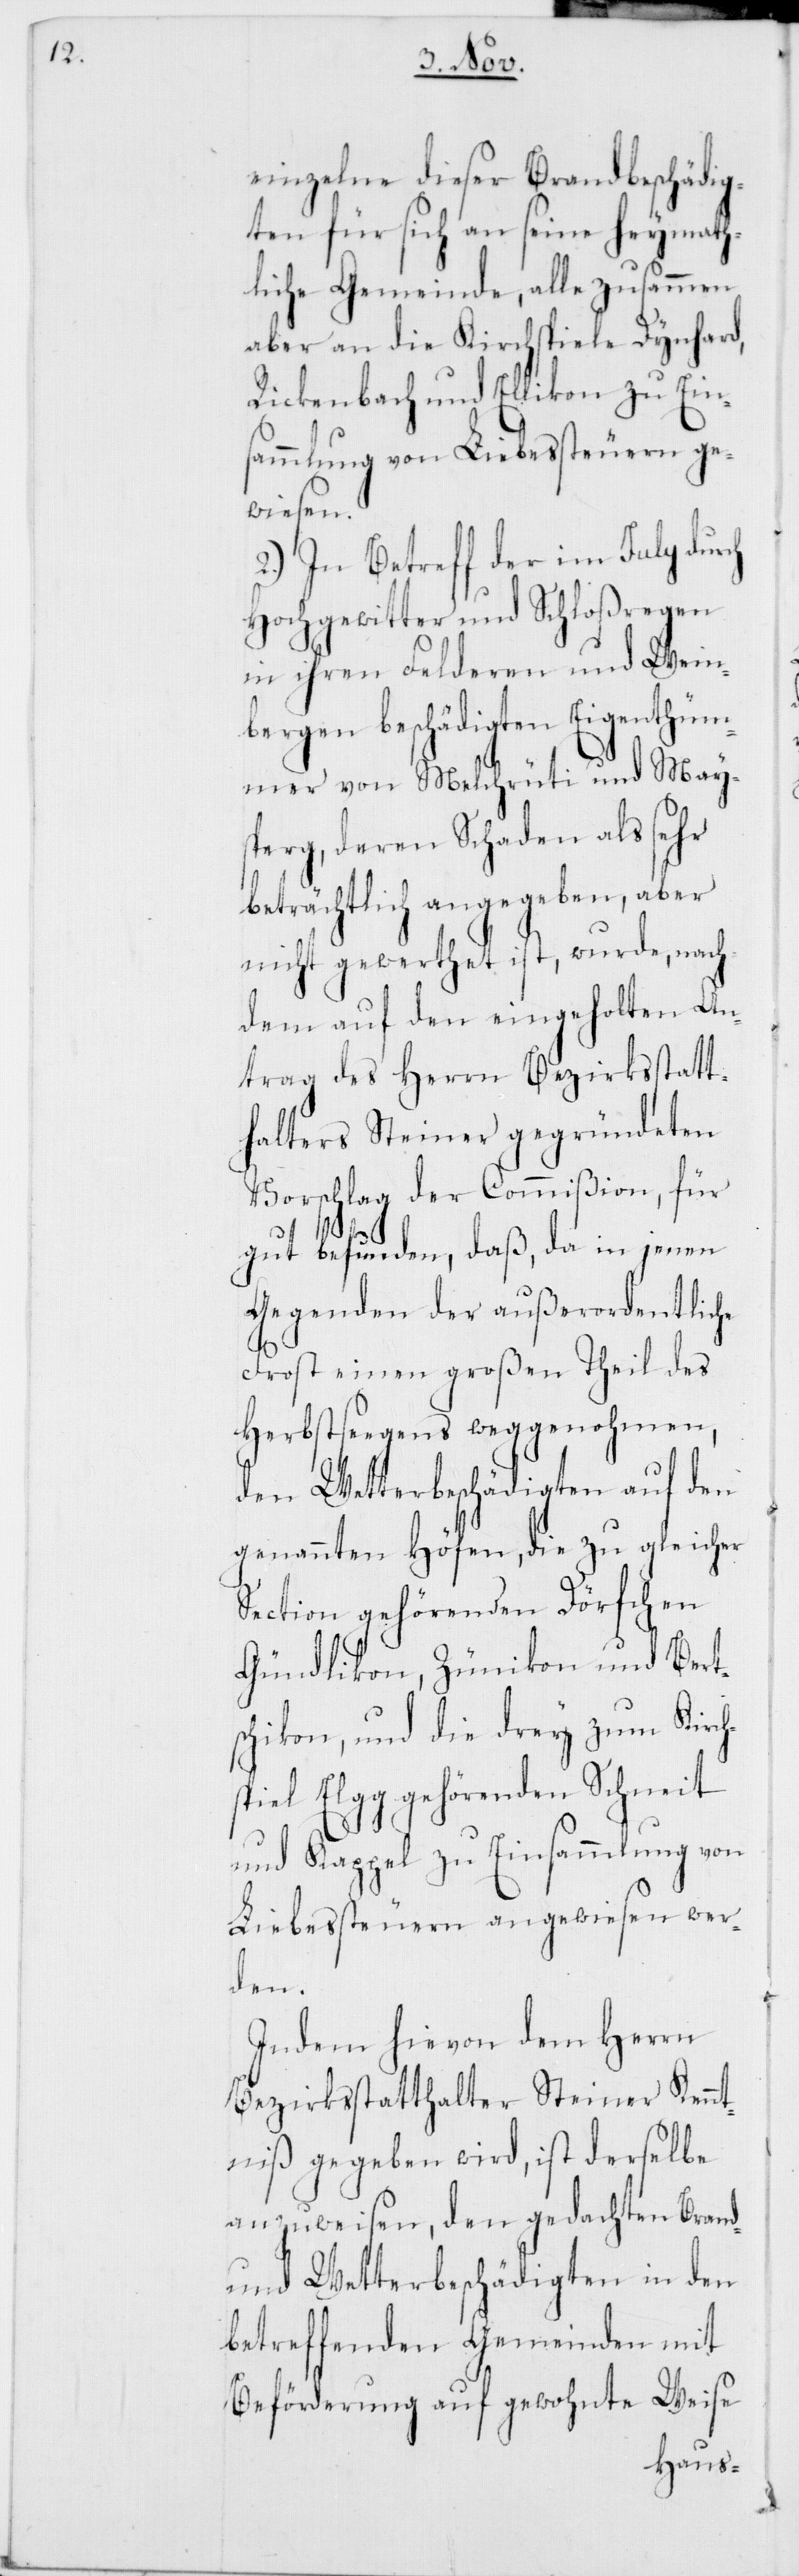
einzelne dieser Brandbeschädig¬
ten für sich an seine heymath¬
liche Gemeinde, alle zusammen
aber an die Kirchspiele Dynhard,
Rickenbach und Ellikon zu Eins¬
ammlung von Liebessteuern ge¬
wiesen.
2.) In Betreff der im July dur¬
Hochgewitter und Schloßregen
in ihren Felderen und Wein¬
bergen beschädigten Eigenthüm¬
mer von Melchrüti und May¬
sperg, deren Schaden als sehr
beträchtlich angegeben, aber
nicht gewerthet ist, wurde, nach¬
dem auf den eingeholten An¬
trag des Herrn Bezirksstatt¬
halters Steiner gegründeten
Vorschlag der Commißion, für
ch
gut befunden, daß, da in jenen
Gegenden der außerordentliche
Frost einen großen Theil des
Herbstsegens weggenohmen,
den Wetterbeschädigten auf den
genannten Höfen, die zu gleicher
Section gehörenden Dörfchen
Gündlikon, Zünikon und Bert¬
schikon, und die drey zum Kirch¬
spiel Elgg gehörenden Schneit
und Kappel zu Einsammlung von
Liebessteuern angewiesen wer¬
den.
Indem hievon dem Herrn
Bezirksstatthalter Steiner Kennt¬
niß gegeben wird, ist derselbe
anzuweisen, den gedachten Brand-
und Wetterbeschädigten in den
betreffenden Gemeinden mit
Beförderung auf gewohnte Weise